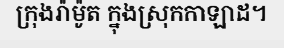
ក្រុងរ៉ាម៉ូត ក្នុងស្រុកកាឡាដ។